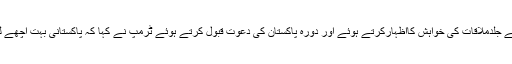
ٹرمپ نے جلدملاقات کی خواہش کااظہارکرتے ہوئے اور دورہ پاکستان کی دعوت قبول کرتے ہوئے ٹرمپ نے کہا کہ پاکستانی بہت اچھے لوگ ہیں۔